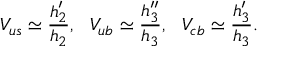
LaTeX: V _ { u s } \simeq { \frac { h _ { 2 } ^ { \prime } } { h _ { 2 } } } , ~ ~ V _ { u b } \simeq { \frac { h _ { 3 } ^ { \prime \prime } } { h _ { 3 } } } , ~ ~ V _ { c b } \simeq { \frac { h _ { 3 } ^ { \prime } } { h _ { 3 } } } .